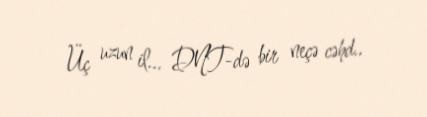
Üç uzun il... DNT-də bir neçə cəhd..